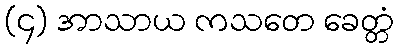
(၄) အာသာယ ကသတေ ခေတ္တံ